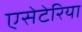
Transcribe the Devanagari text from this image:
एसेटेरिया